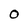
Character: O